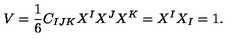
{ V } = { \frac { 1 } { 6 } } C _ { I J K } X ^ { I } X ^ { J } X ^ { K } = X ^ { I } X _ { I } = 1 .